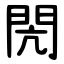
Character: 閌